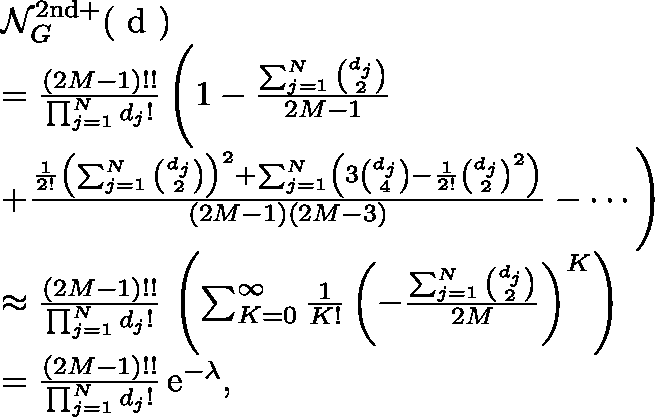
\begin{array} { r l } & { \mathcal { N } _ { G } ^ { \mathrm { 2 n d + } } ( \mathrm { \boldmath ~ d ~ } ) } \\ & { = \frac { ( 2 M - 1 ) ! ! } { \prod _ { j = 1 } ^ { N } d _ { j } ! } \, \Biggl ( 1 - \frac { \sum _ { j = 1 } ^ { N } \binom { d _ { j } } { 2 } } { 2 M - 1 } } \\ & { + \frac { \frac { 1 } { 2 ! } \left( \sum _ { j = 1 } ^ { N } \binom { d _ { j } } { 2 } \right) ^ { 2 } + \sum _ { j = 1 } ^ { N } \left( 3 \binom { d _ { j } } { 4 } - \frac { 1 } { 2 ! } \binom { d _ { j } } { 2 } ^ { 2 } \right) } { ( 2 M - 1 ) ( 2 M - 3 ) } - \cdots \Biggr ) } \\ & { \approx \frac { ( 2 M - 1 ) ! ! } { \prod _ { j = 1 } ^ { N } d _ { j } ! } \, \left( \sum _ { K = 0 } ^ { \infty } \frac { 1 } { K ! } \left( - \frac { \sum _ { j = 1 } ^ { N } \binom { d _ { j } } { 2 } } { 2 M } \right) ^ { K } \right) } \\ & { = \frac { ( 2 M - 1 ) ! ! } { \prod _ { j = 1 } ^ { N } d _ { j } ! } \, \mathrm { e } ^ { - \lambda } , } \end{array}